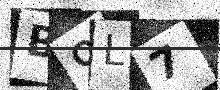
Text: B9L7